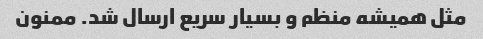
مثل همیشه منظم و بسیار سریع ارسال شد. ممنون